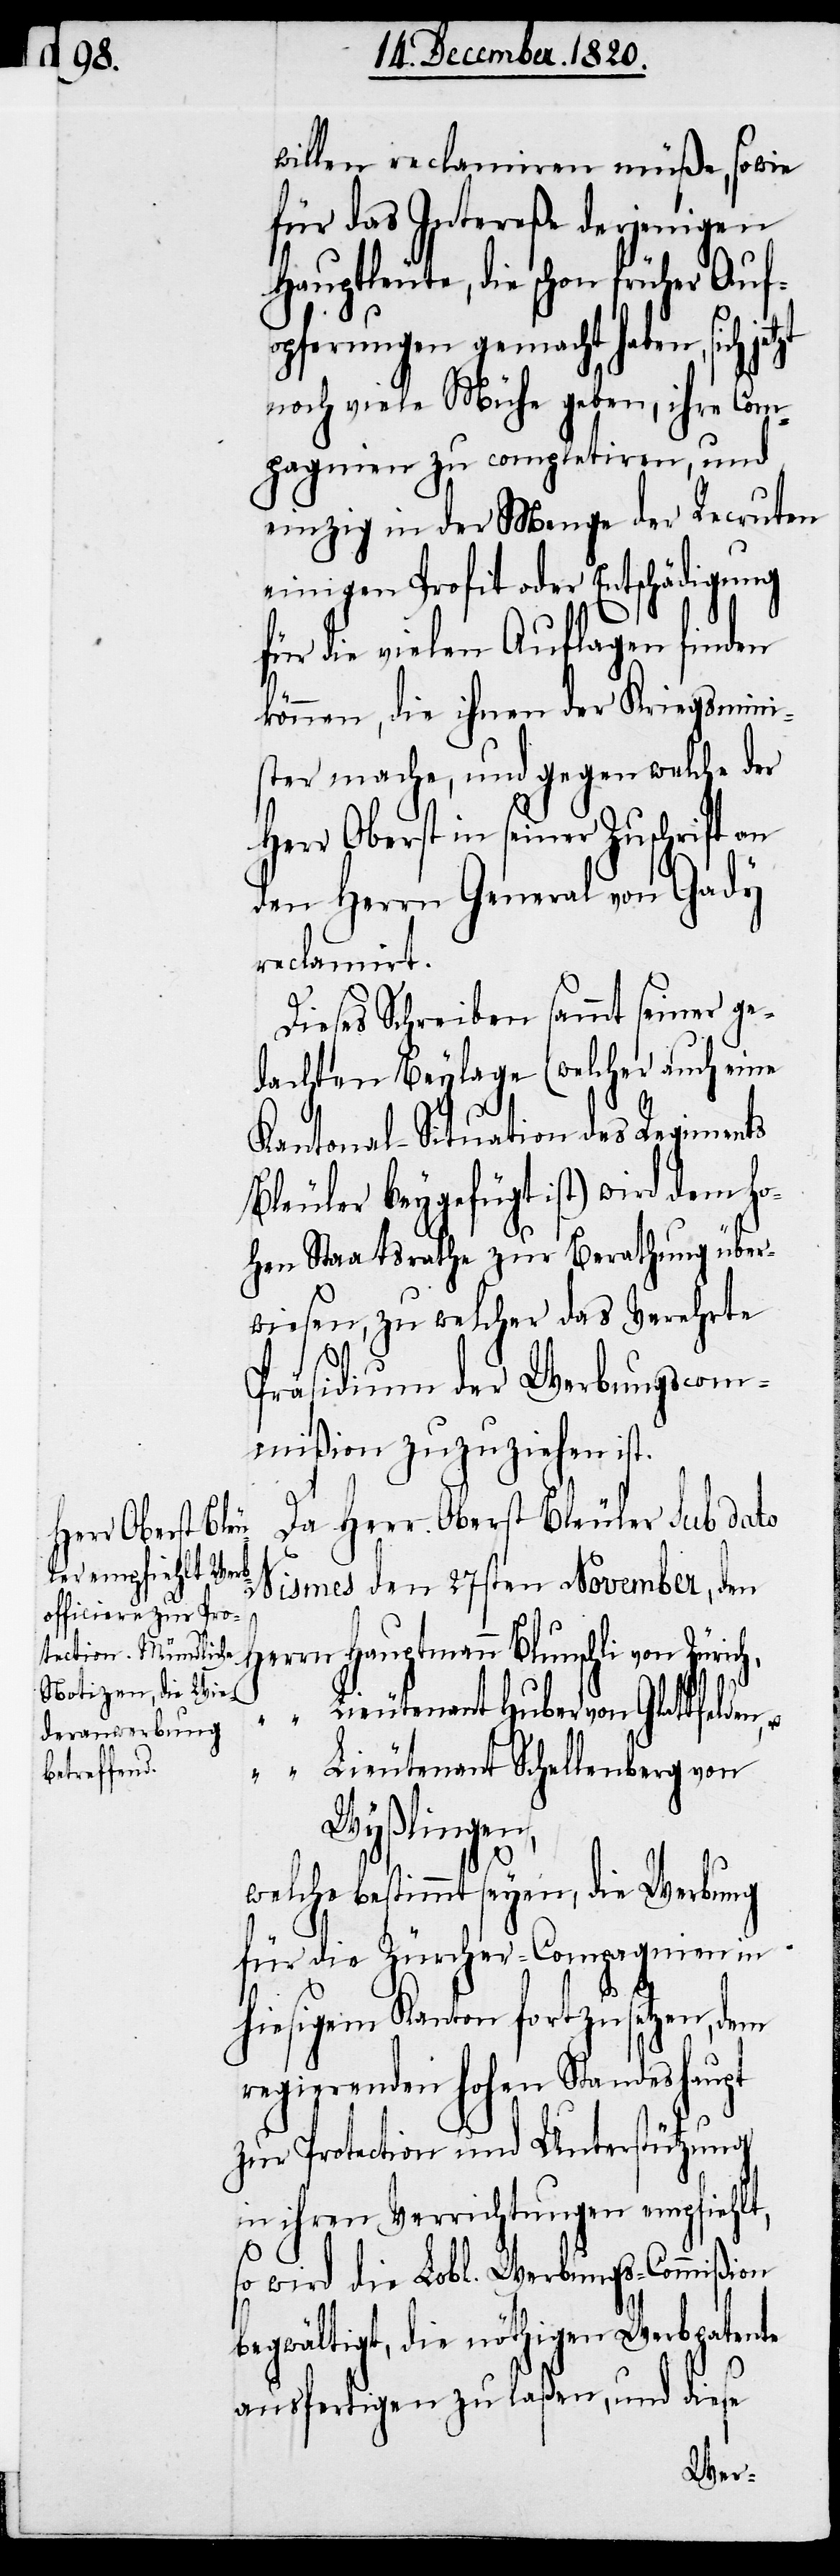
Herr Oberst i¬

willen reclamiren müße, sowie
für das Intereße derjenigen
Hauptleute, die schon früher Auf¬
opferungen gemacht haben, sich
noch viele Mühe geben, ihre Com¬
pagnien zu completiren, und
einzig in der Menge der Recruten
einigen Profit oder Entschädigung
für die vielen Auflagen finden
können, die ihnen der Kriegsmini¬
ster mache, und gegen welche der
n seiner Zuschrift
den Herrn General von Gady
reclamirt.
Dieses Schreiben sammt seiner ge¬
dachten Beylage (welcher auch eine
Kantonal-Situation des Regiments
Bleuler beygefügt ist) wird dem ho¬
t,
hen Staatsrathe zur Berathung über¬
wiesen, zu welcher das Verehrte
Präsidium der Werbungsco¬
mißion zuzuziehen ist.
Da Herr Oberst Bleuler sub dato
Nismes den 27sten November, den
Herrn	Hauptmann Blunschli von Züric¬
ieutenant Huber von Glattfelden
“	Lieutenant Schellenberg von
Wyßlingen,
h,
welche bestimmt seyen, die Werbung
für die Zürcher-Compagnien in
hiesigem Kanton fortzusetzen, dem
regierenden hohen Standeshaupt
zur Protection und Unterstützung
in ihren Verrichtungen empfiehl¬
so wird die Lobl. Werbungs-Commißion
begwältigt, die nöthigen Werbpatente
ausfertigen zu laßen, und diese